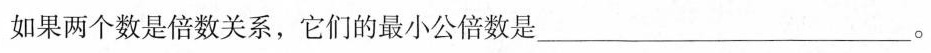
如果两个数是倍数关系，它们的最小公倍数是___。